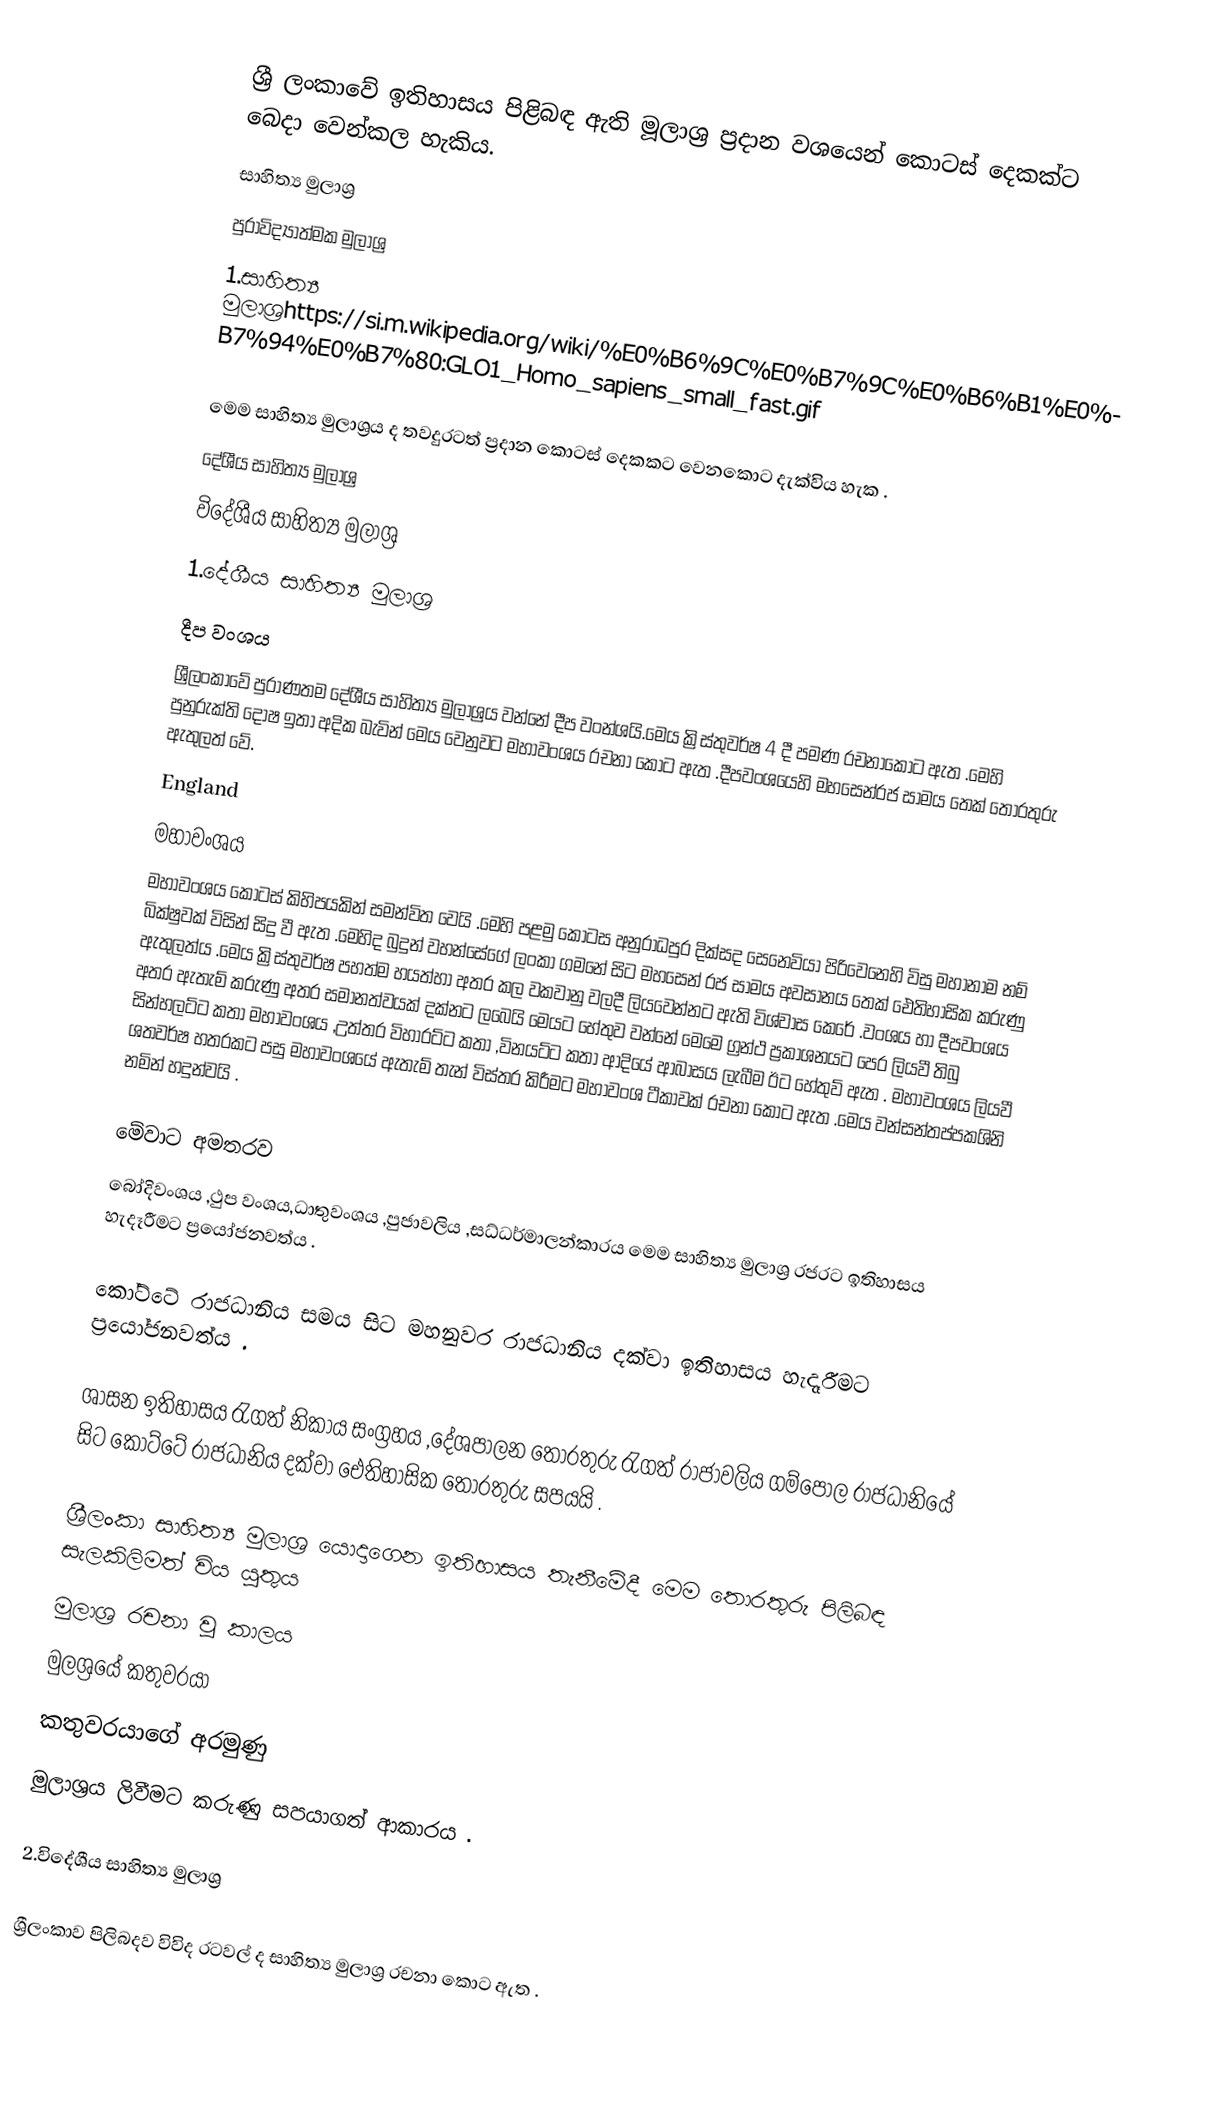
ශ්‍රී ලංකාවේ ඉතිහාසය පිළිබඳ ඇති මූලාශ්‍ර ප්‍රදාන  වශයෙන් කොටස් දෙකක්ට බෙදා වෙන්කල හැකිය.
 සාහිත්‍ය මුලාශ්‍ර
 පුරාවිද්‍යාත්මක මුලාශ්‍ර
1.සාහිත්‍ය මුලාශ්‍රhttps://si.m.wikipedia.org/wiki/%E0%B6%9C%E0%B7%9C%E0%B6%B1%E0%B7%94%E0%B7%80:GLO1_Homo_sapiens_small_fast.gif

මෙම සාහිත්‍ය මුලාශ්‍රය ද තවදුරටත් ප්‍රදාන කොටස් දෙකකට වෙනකොට දැක්විය හැක .
 දේශීය සාහිත්‍ය මුලාශ්‍ර
 විදේශීය සාහිත්‍ය මුලාශ්‍ර
1.දේශීය සාහිත්‍ය මුලාශ්‍ර
 දීප වංශය
ශ්‍රීලංකාවේ පුරාණතම දේශීය සාහිත්‍ය මුලාශ්‍රය වන්නේ දීප වංන්ශයි.මෙය ක්‍රිස්තුවර්ෂ 4 දී පමණ රචනාකොට ඇත .මෙහි පුනුරුක්ති දෝෂ ඉතා අදික බැවින් මෙය වෙනුවට මහාවංශය රචනා කොට ඇත .දීපවංශයෙහි මහසෙන්රජ සාමය තෙක් තොරතුරු ඇතුලත් වේ.
England
 මහාවංශය
මහාවංශය කොටස් කිහිපයකින් සමන්විත වෙයි .මෙහි පළමු කොටස අනුරාධපුර දික්සද සෙනෙවියා පිරිවෙනෙහි විසු මහානාම නම් බික්ෂුවක් විසින් සිදු වී ඇත .මෙහිද බුදුන් වහන්සේගේ ලංකා ගමනේ සිට මහසෙන් රජ සාමය අවසානය තෙක් ඓතිහාසික කරුණු ඇතුලත්ය .මෙය ක්‍රිස්තුවර්ෂ පහත්ම හයත්හා අතර කල වකවානු වලදී ලියවෙන්නට ඇති විශ්වාස කෙරේ .වංශය හා දීපවංශය අතර ඇතැම් කරුණු අතර සමානත්වයක් දක්නට ලබෙයි මෙයට හේතුව වන්නේ මෙමෙ ග්‍රන්ථ ප්‍රකාශනයට පෙර ලියවී තිබු සින්හලට්ට කතා මහාවංශය ,උත්තර විහාරට්ට කතා ,විනයට්ට කතා ආදියේ ආබාසය ලැබීම ඊට හේතුව් ඇත . මහාවංශය ලියවී ශතවර්ෂ හතරකට පසු මහාවංශයේ ඇතැම් තැන් විස්තර කිරීමට මහාවංශ ටීකාවක් රචනා කොට ඇත .මෙය වන්සන්තප්පකශිනි නමින් හදුන්වයි .

 මේවාට අමතරව
බෝදිවංශය ,ථුප වංශය,ධාතුවංශය ,පුජාවලිය ,සධ්ධර්මාලන්කාරය මෙම සාහිත්‍ය මුලාශ්‍ර රජරට ඉතිහාසය හැදෑරීමට ප්‍රයෝජනවත්ය .

කෝට්ටේ රාජධානිය සමය සිට මහනුවර රාජධානිය දක්වා ඉතිහාසය හැදෑරීමට ප්‍රයෝජනවත්ය .

ශාසන ඉතිහාසය රැගත් නිකාය සංග්‍රහය ,දේශපාලන තොරතුරු රැගත් රාජාවලිය ගම්පොල රාජධානියේ සිට කෝට්ටේ රාජධානිය දක්වා ඓතිහාසික තොරතුරු සපයයි .

ශ්‍රීලංකා සාහිත්‍ය මුලාශ්‍ර යොදාගෙන ඉතිහාසය තැනීමේදී මෙම තොරතුරු පිලිබඳ සැලකිලිමත් විය යුතුය
 මුලාශ්‍ර රචනා වූ කාලය
 මුලශ්‍රයේ කතුවරයා
 කතුවරයාගේ අරමුණු
 මුලාශ්‍රය ලිවීමට කරුණු සපයාගත් ආකාරය .

2.විදේශීය සාහිත්‍ය මුලාශ්‍ර

ශ්‍රීලංකාව පිලිබදව විවිද රටවල් ද  සාහිත්‍ය මුලාශ්‍ර රචනා කොට ඇත .